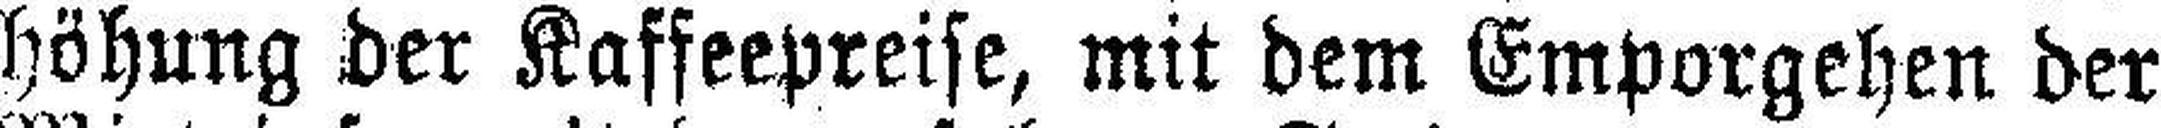
höhung der Kaffeepreise, mit dem Emporgehen der